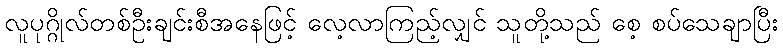
လူပုဂ္ဂိုလ်တစ်ဦးချင်းစီအနေဖြင့် လေ့လာကြည့်လျှင် သူတို့သည် စေ့ စပ်သေချာပြီး